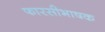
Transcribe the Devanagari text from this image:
फारसीभाषक